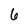
Character: 6